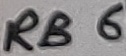
Text: RB6